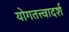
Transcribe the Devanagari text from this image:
योगतत्त्वादर्श